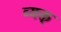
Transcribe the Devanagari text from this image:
व्यक्त्